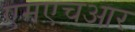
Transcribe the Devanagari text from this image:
एमएचआर